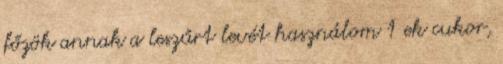
főzök annak a leszűrt levét használom 1 ek cukor,